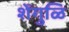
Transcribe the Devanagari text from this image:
शेंगुळि